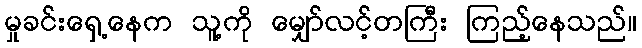
မှုခင်းရှေ့နေက သူ့ကို မျှော်လင့်တကြီး ကြည့်နေသည်။